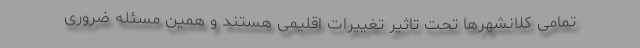
تمامی کلانشهرها تحت تاثیر تغییرات اقلیمی هستند و همین مسئله ضروری